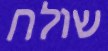
שולח